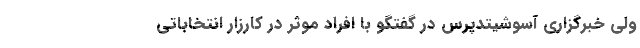
ولی خبرگزاری آسوشیتدپرس در گفتگو با افراد موثر در کارزار انتخاباتی